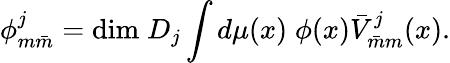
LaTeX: \phi_{m\bar{m}}^{j}=\mathrm{dim}\; D_{j}\int d\mu(x)\; \phi(x)\bar{V}_{\bar{m}m}^{j}(x).